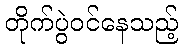
တိုက်ပွဲဝင်နေသည့်